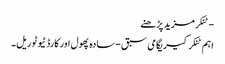
- ٹنکرمزید پڑھنے
اہم ٹنکرکیریگامی سبق - سادہ پھول اور کارڈ ٹیوٹوریل۔